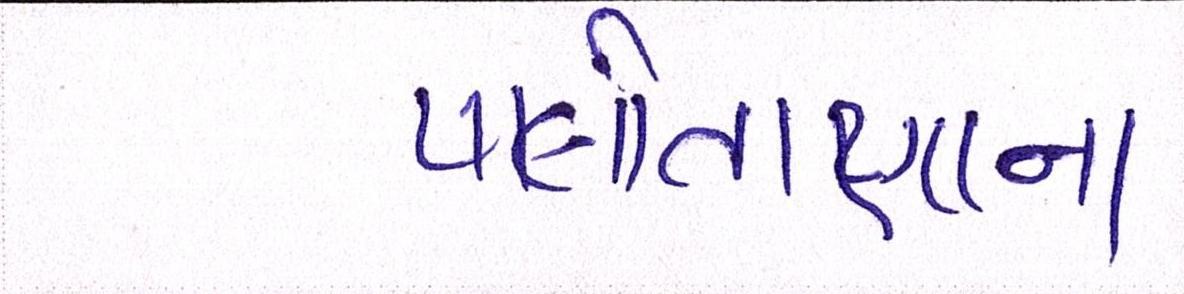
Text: પાલીતાણાના